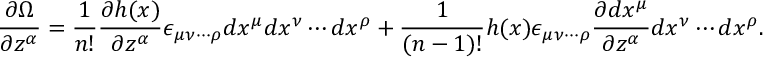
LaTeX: \frac { \partial \Omega } { \partial z ^ { \alpha } } = \frac { 1 } { n ! } \frac { \partial h ( x ) } { \partial z ^ { \alpha } } \epsilon _ { { \mu } { \nu } \cdots { \rho } } d x ^ { \mu } d x ^ { \nu } \cdots d x ^ { \rho } + \frac { 1 } { ( n - 1 ) ! } h ( x ) \epsilon _ { { \mu } { \nu } \cdots { \rho } } \frac { \partial d x ^ { \mu } } { \partial z ^ { \alpha } } d x ^ { \nu } \cdots d x ^ { \rho } .